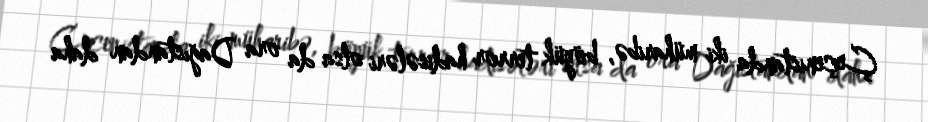
Çeçenistanda iki müharibə, böyük terror hadisələri olsa da ora Dağıstandan daha